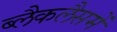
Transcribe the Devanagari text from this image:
ब्लैकलैसमें